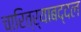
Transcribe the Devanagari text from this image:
चारित्र्याबद्दल